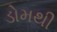
ડોમથી